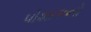
પોશાકનો